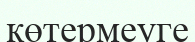
көтермеуге